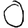
Digit: 0